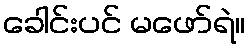
ခေါင်းပင် မဖော်ရဲ။